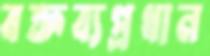
বক্তব্যপ্রধান